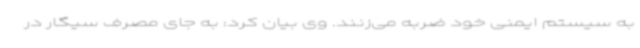
به سیستم ایمنی خود ضربه می‌زنند. وی بیان کرد: به جای مصرف سیگار در